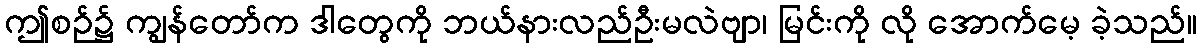
ဤစဉ်၌ ကျွန်တော်က ဒါတွေကို ဘယ်နားလည်ဦးမလဲဗျာ၊ မြင်းကို လို အောက်မေ့ ခဲ့သည်။